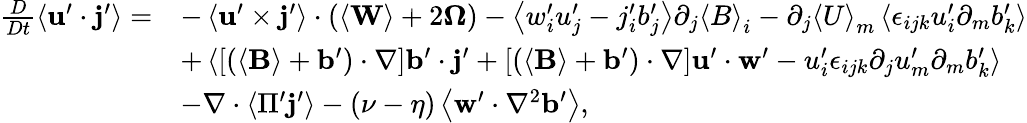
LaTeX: \begin{array}{rl}{\frac{D}{Dt}\left\langle\mathbf{u}^{\prime}\cdot\mathbf{j}^{\prime}\right\rangle=}&{-\left\langle\mathbf{u}^{\prime}\times\mathbf{j}^{\prime}\right\rangle\cdot\left(\left\langle\mathbf{W}\right\rangle+2\boldsymbol{\Omega}\right)-\left\langle w_{i}^{\prime}u_{j}^{\prime}-j_{i}^{\prime}b_{j}^{\prime}\right\rangle\partial_{j}\left\langle B\right\rangle_{i}-\partial_{j}\left\langle U\right\rangle_{m}\left\langle\epsilon_{ijk}u_{i}^{\prime}\partial_{m}b_{k}^{\prime}\right\rangle}\\ &{+\left\langle\left[\left(\left\langle\mathbf{B}\right\rangle+\mathbf{b}^{\prime}\right)\cdot\nabla\right]\mathbf{b}^{\prime}\cdot\mathbf{j}^{\prime}+\left[\left(\left\langle\mathbf{B}\right\rangle+\mathbf{b}^{\prime}\right)\cdot\nabla\right]\mathbf{u}^{\prime}\cdot\mathbf{w}^{\prime}-u_{i}^{\prime}\epsilon_{ijk}\partial_{j}u_{m}^{\prime}\partial_{m}b_{k}^{\prime}\right\rangle}\\ &{-\nabla\cdot\left\langle\Pi^{\prime}\mathbf{j}^{\prime}\right\rangle-\left(\nu-\eta\right)\left\langle\mathbf{w}^{\prime}\cdot\nabla^{2}\mathbf{b}^{\prime}\right\rangle,}\end{array}